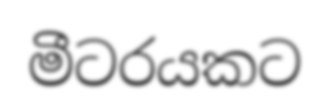
මීටරයකට